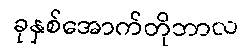
ခုနှစ်အောက်တိုဘာလ